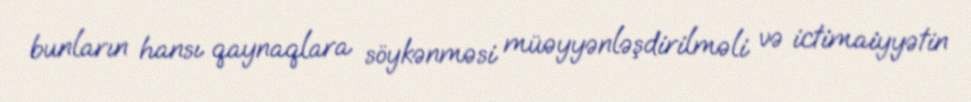
bunların hansı qaynaqlara söykənməsi müəyyənləşdirilməli və ictimaiyyətin